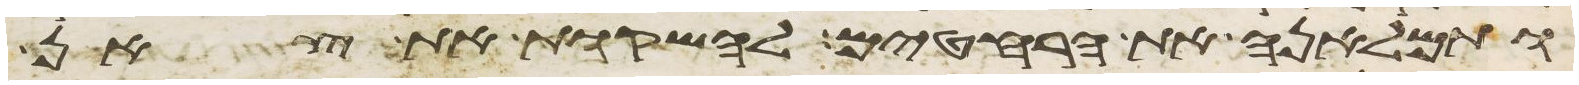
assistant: ותמלאנה את הרחטים להשקות את צאן